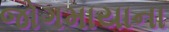
જોગમાયાના